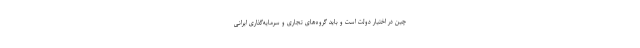
چین در اختیار دولت است و باید گروه‌های تجاری و سرمایه‌گذاری ایرانی